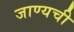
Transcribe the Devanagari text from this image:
जाण्यची